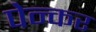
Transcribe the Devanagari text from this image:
पेन्कर